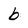
Character: b